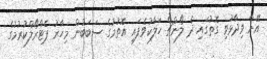
އޭނާ ވިދާޅުވި ގޮތުގައި ދެ ލޯންޗް ހަލާކުވެފައި އޮތުމުގެ ސަބަބުން މިހާރު ޕެޓްރޯލްކުރުމުގެ